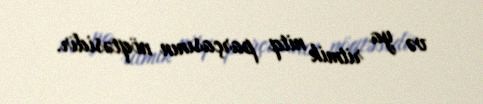
və ya ritmik nitq parçasının nöqtəsidir.